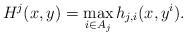
LaTeX: \begin{align*}H^j(x,y)= \max_{i\in A_j}h_{j,i}(x,y^i).\end{align*}